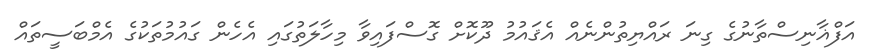
އަފްޣާނިސްތާނުގެ ގިނަ ރައްޔިތުންނެއް އެޤައުމު ދޫކޮށް ގޮސްފައިވާ މިހާލަތުގައި އެހެން ގައުމުތަކުގެ އެމްބަސީތައް